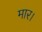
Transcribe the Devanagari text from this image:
मार।